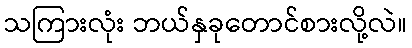
သကြားလုံး ဘယ်နှခုတောင်စားလို့လဲ။